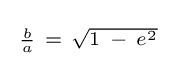
{\begin{smallmatrix}{\frac {b}{a}}\ =\ {\sqrt {1\ -\ e^{2}}}\end{smallmatrix}}